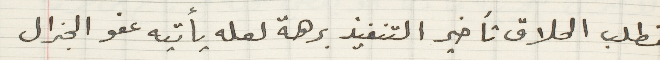
فطلب الحلاق تأخير التنفيذ برهة لعله يأتيه عفو الجنرال